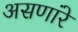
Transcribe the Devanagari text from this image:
असणांरे